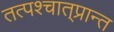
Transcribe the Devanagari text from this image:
तत्पश्‍चात्‌प्रान्त